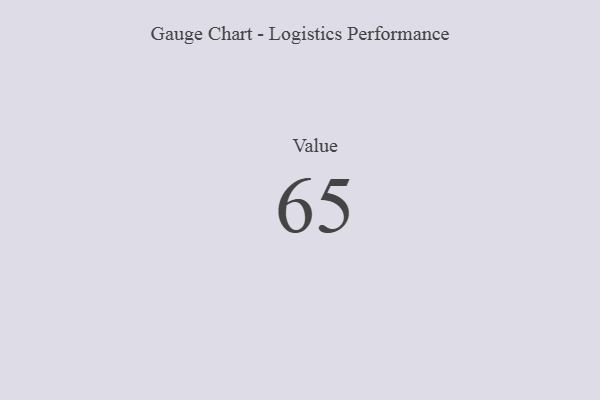
{"axis": {"x": "Metric", "y": "Value"}, "legend": [""], "data": [{"x": "Value", "y": 65, "type": ""}]}